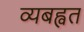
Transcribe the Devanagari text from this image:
व्यबह्वत